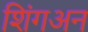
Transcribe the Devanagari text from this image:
शिंगअन